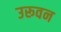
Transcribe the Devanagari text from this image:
उरूवन